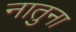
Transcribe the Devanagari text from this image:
नातुना